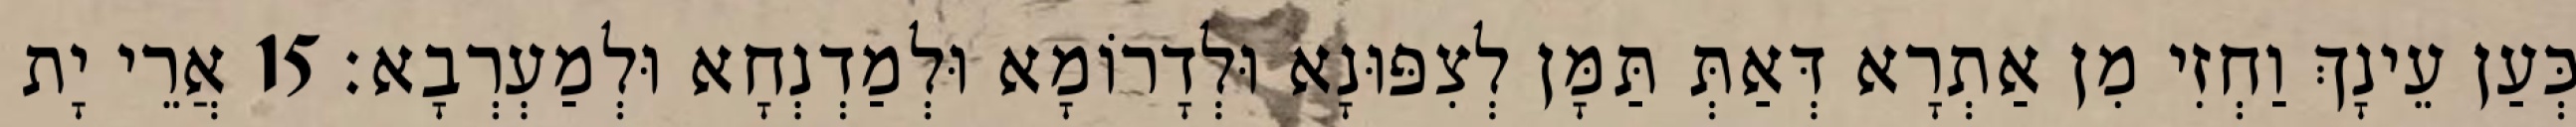
כְּעַן עֵינָךְ וַחְזִי מִן אַתְרָא דְּאַתְּ תַּמָּן לְצִפּוּנָא וּלְדָרוֹמָא וּלְמַדְנְחָא וּלְמַעְרְבָא׃ 15 אֲרֵי יָת